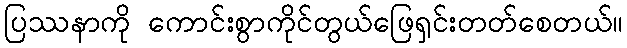
ပြဿနာကို ကောင်းစွာကိုင်တွယ်ဖြေရှင်းတတ်စေတယ်။